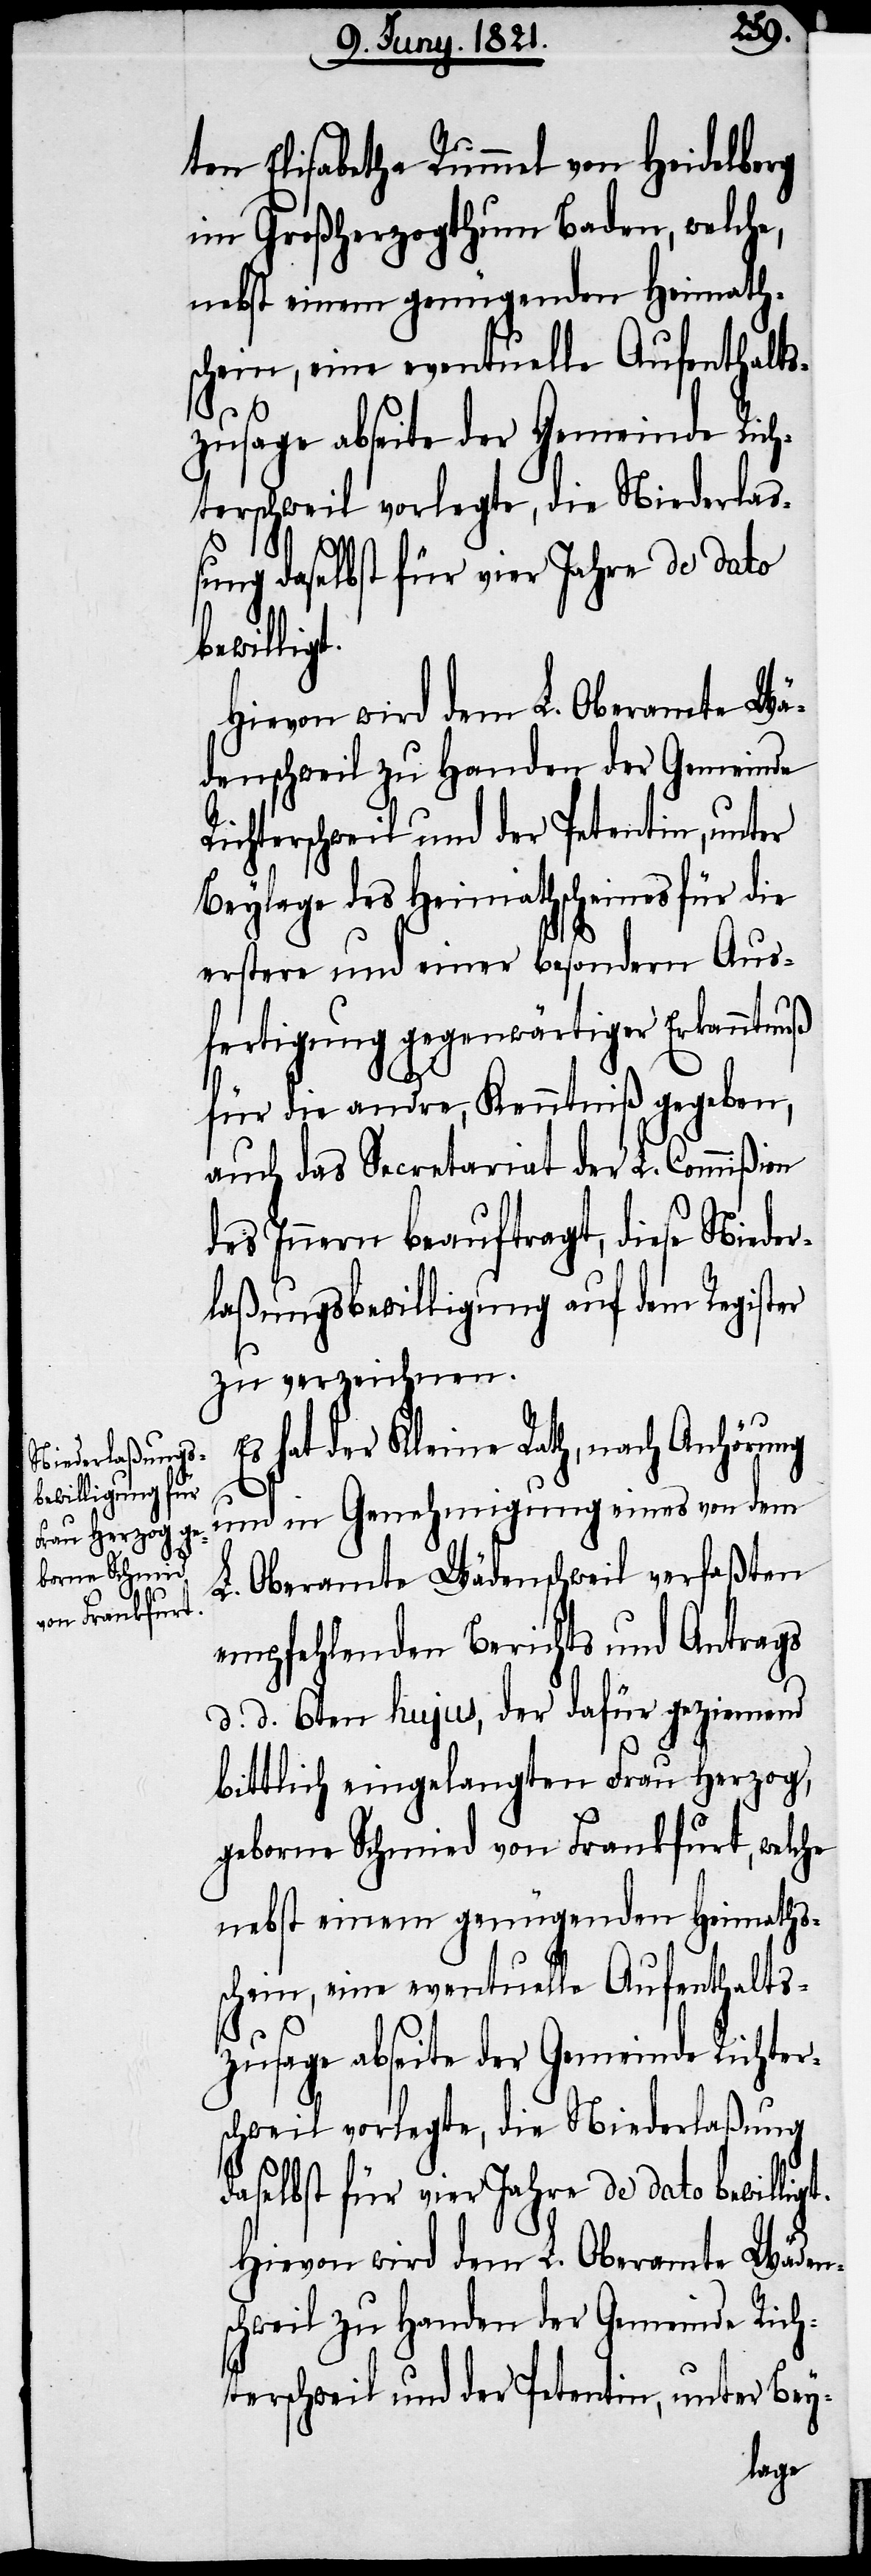
bewilligt.

ten Elisabetha Rummel von Heidelberg
im Großherzogthum Baden, welche,
nebst einem genügenden Heimath¬
schein, eine eventuelle Aufenthalts¬
zusage abseite der Gemeinde Rich¬
terschweil vorlegte, die Niederlaß¬
ung daselbst für vier Jahre de dato
Hievon wird dem L. Oberamte Wä¬
denschweil zu Handen der Gemeinde
Richterschweil und der Petentin, unter
Beylage des Heimathscheines für die
erstere und einer besondern Aus¬
fertigung gegenwärtiger Erkanntnuß
für die andre, Kenntniß gegeben,
auch das Secretariat der L. Commißion
des Innern beauftragt, diese Nieder¬
laßungsbewilligung auf dem Register
zu verzeichnen.
hat der Kleine Rath, nach Anhörung
und in Genehmigung eines von dem
L. Oberamte Wädenschweil verfaßten
empfehlenden Berichts und Antrags
d. d. 6ten hujus, der dafür geziemend
bittlich eingelangten Frau Herzog,
geborene Schmied von Frankfurt, welche
nebst einem genügenden Heimaths¬
Hievon wird dem L. Oberamte Wäden¬
schweil zu Handen der Gemeinde Rich¬
terschweil und der Petentin, unter Bey-